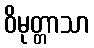
ဝိမုတ္တာသာ